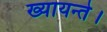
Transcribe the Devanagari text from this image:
ख्यायन्ते।